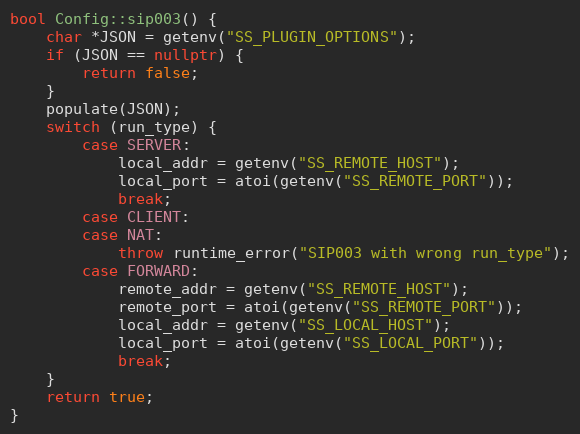
Language: C++
bool Config::sip003() {
    char *JSON = getenv("SS_PLUGIN_OPTIONS");
    if (JSON == nullptr) {
        return false;
    }
    populate(JSON);
    switch (run_type) {
        case SERVER:
            local_addr = getenv("SS_REMOTE_HOST");
            local_port = atoi(getenv("SS_REMOTE_PORT"));
            break;
        case CLIENT:
        case NAT:
            throw runtime_error("SIP003 with wrong run_type");
        case FORWARD:
            remote_addr = getenv("SS_REMOTE_HOST");
            remote_port = atoi(getenv("SS_REMOTE_PORT"));
            local_addr = getenv("SS_LOCAL_HOST");
            local_port = atoi(getenv("SS_LOCAL_PORT"));
            break;
    }
    return true;
}